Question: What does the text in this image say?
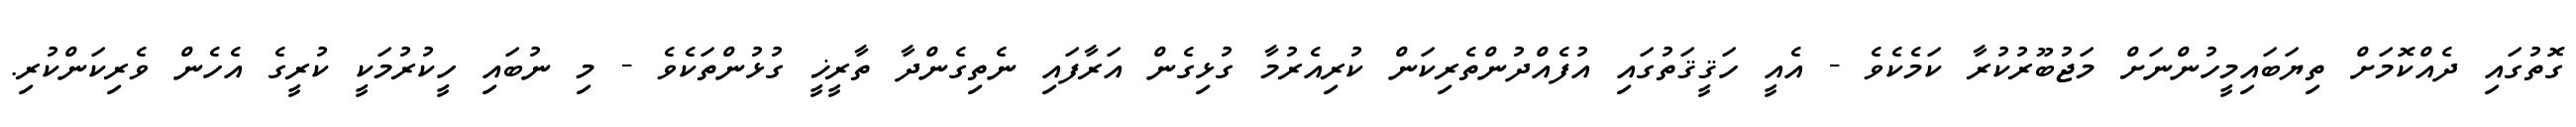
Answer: ގޮތުގައި ދެއްކޮމަށް ތިޔަބައިމީހުންނަށް މަޖުބޫރުކުރާ ކަމެކެވެ - އެއީ ހަޤީޤަތުގައި އުފެއްދުންތެރިކަން ކުރިއެރުމާ ގުޅިގެން އަރާފައި ނެތިގެންދާ ތާރީޚީ ގުޅުންތަކެވެ - މި ނުބައި ހީކުރުމަކީ ކުރީގެ އެހެން ވެރިކަންކުރި.